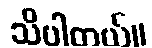
သိပါတယ်။